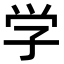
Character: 学